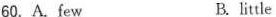
60.A.few B.litle